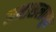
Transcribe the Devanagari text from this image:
मनासलावून